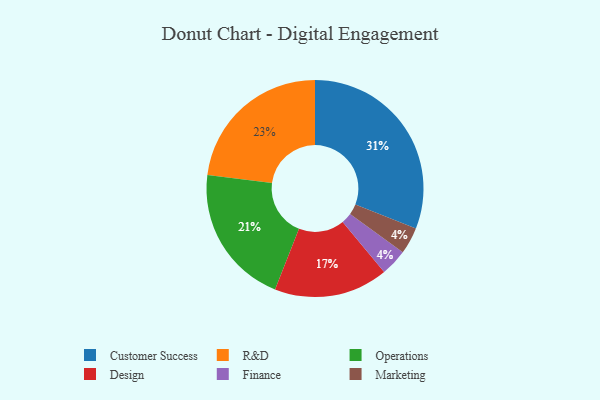
{"axis": {"x": "Category", "y": "Percentage"}, "legend": ["Customer Success", "Design", "Finance", "Marketing", "Operations", "R&D"], "data": [{"x": "Operations", "y": 21, "type": "Operations"}, {"x": "Finance", "y": 4, "type": "Finance"}, {"x": "R&D", "y": 23, "type": "R&D"}, {"x": "Marketing", "y": 4, "type": "Marketing"}, {"x": "Design", "y": 17, "type": "Design"}, {"x": "Customer Success", "y": 31, "type": "Customer Success"}]}